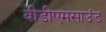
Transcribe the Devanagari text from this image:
वीडीएमसाउंड